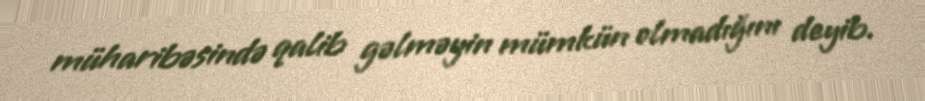
müharibəsində qalib gəlməyin mümkün olmadığını deyib.